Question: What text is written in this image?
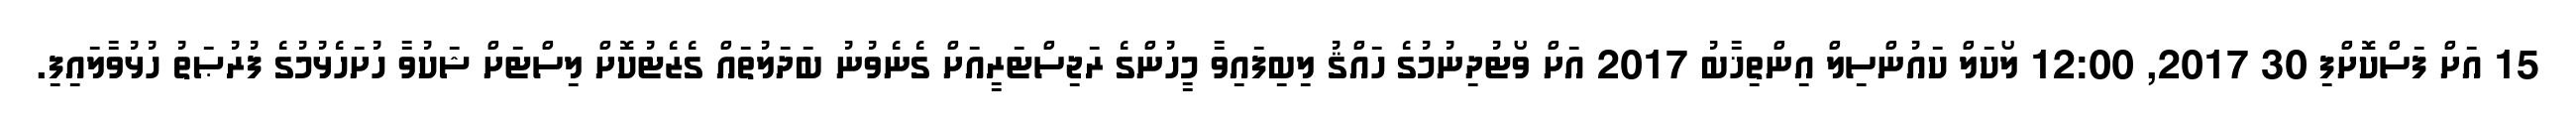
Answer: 15 އަށް ފަސްކޮށްފި 30 2017, 12:00 ލޯކަލް ކައުންސިލް އިންތިޚާބު 2017 އަށް ވޯޓުދިނުމުގެ ހައްޤު ލިބިފައިވާ މީހުންގެ ރަޖިސްޓަރީއަށް ގެނެވުނު ބަދަލުތައް ގެޒެޓުކޮށް ލިސްޓަށް ޝަކުވާ ހުށަހެޅުމުގެ ފުރުޞަތު ހުޅުވާލައިފި.